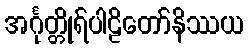
အင်္ဂုတ္တိုရ်ပါဠိတော်နိဿယ